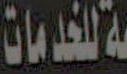
للخدمات